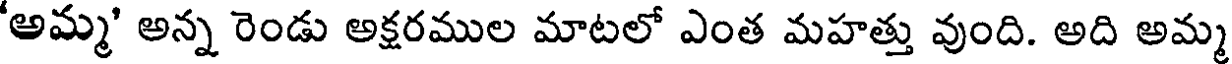
'అమ్మ' అన్న రెండు అక్షరముల మాటలో ఎంత మహత్తు వుంది. అది అమ్మ